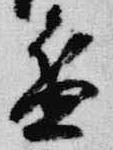
盆